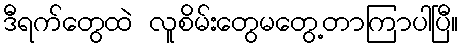
ဒီရက်တွေထဲ လူစိမ်းတွေမတွေ့တာကြာပါပြီ။